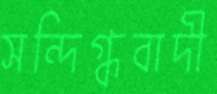
সন্দিগ্ধবাদী